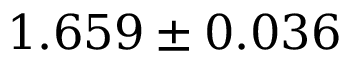
1 . 6 5 9 \pm 0 . 0 3 6